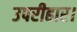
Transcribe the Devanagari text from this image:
उपरीहार।